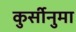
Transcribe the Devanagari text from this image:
कुर्सीनुमा